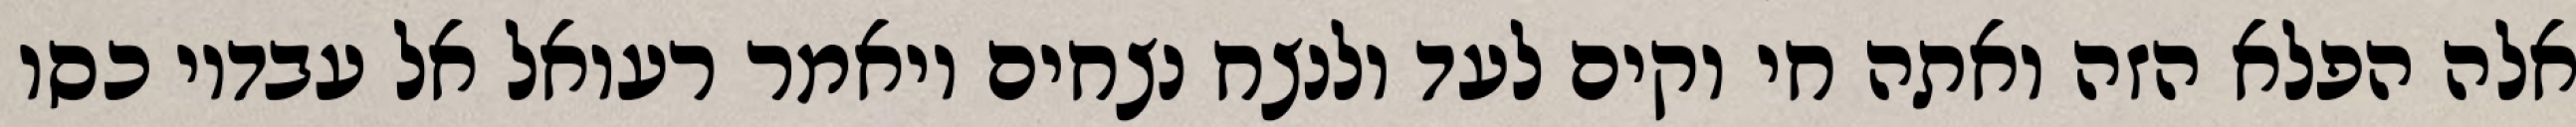
אלה הפלא הזה ואתה חי וקים לעד ולנצח נצחים ויאמר רעואל אל עבדיו כסו